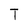
Character: T